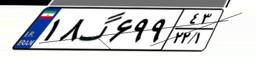
۱۸گ۶۹۹۴۳